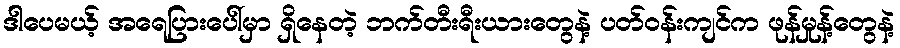
ဒါပေမယ့် အရေပြားပေါ်မှာ ရှိနေတဲ့ ဘက်တီးရီးယားတွေနဲ့ ပတ်ဝန်းကျင်က ဖုန်မှုန့်တွေနဲ့